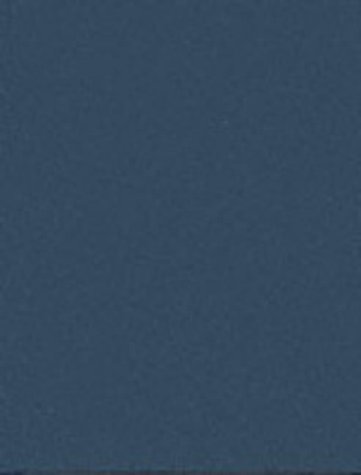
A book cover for Egyptian Grammar (Egyptology: Griffith Institute); Sir Alan Henderson Gardiner; History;